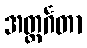
အတ္ထင်္ဂတာ